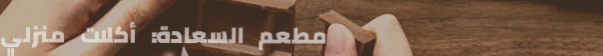
مطعم السعادة: أكلات منزلي